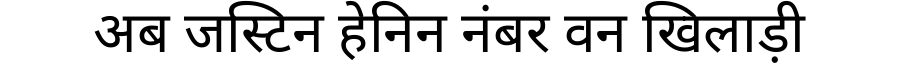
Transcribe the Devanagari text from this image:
अब जस्टिन हेनिन नंबर वन खिलाड़ी